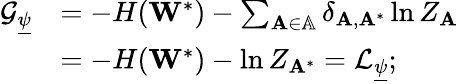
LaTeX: \begin{array}{rl}{\mathcal{G}_{\underline{{\psi}}}}&{=-H(\mathbf{W}^{*})-\sum_{\mathbf{A}\in\mathbb{A}}\delta_{\mathbf{A},\mathbf{A}^{*}}\ln Z_{\mathbf{A}}}\\ &{=-H(\mathbf{W}^{*})-\ln Z_{\mathbf{A}^{*}}=\mathcal{L}_{\underline{{\psi}}};}\end{array}